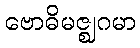
ဗောဓိမဇ္ဈဂမာ